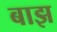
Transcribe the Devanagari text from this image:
बाझ